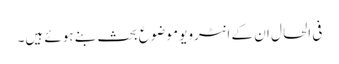
فی الحال ان کے انٹرویو موضوعِ بحث بنے ہوئے ہیں۔